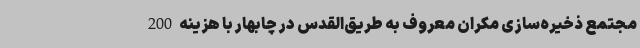
مجتمع ذخیره‌سازی مکران معروف به طریق‌القدس در چابهار با هزینه 200